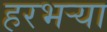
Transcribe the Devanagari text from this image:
हरभऱ्या